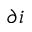
\partial i